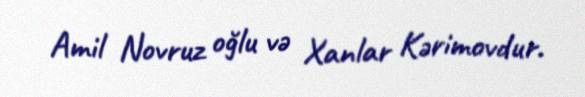
Amil Novruz oğlu və Xanlar Kərimovdur.